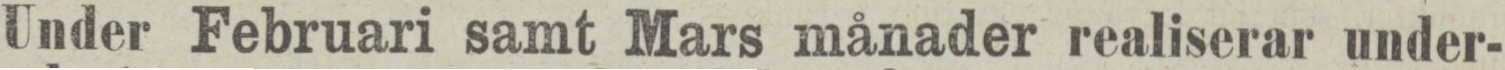
Under Februari samt Mars månader realiserar under-